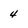
Character: 4